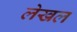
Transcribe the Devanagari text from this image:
लेखल